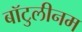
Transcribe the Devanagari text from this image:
बॉटुलीनम